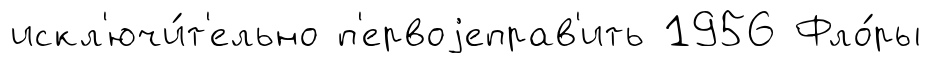
искл'ючи́т'ельно п'ервоjеправ'ить 1956 Фло́ры